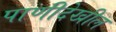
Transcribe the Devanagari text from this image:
पाणीदेखील